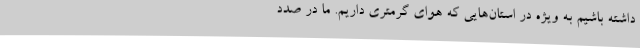
داشته باشیم به ویژه در استان‌هایی که هوای گرمتری داریم. ما در صدد